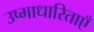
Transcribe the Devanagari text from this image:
उष्माधारिताएँ